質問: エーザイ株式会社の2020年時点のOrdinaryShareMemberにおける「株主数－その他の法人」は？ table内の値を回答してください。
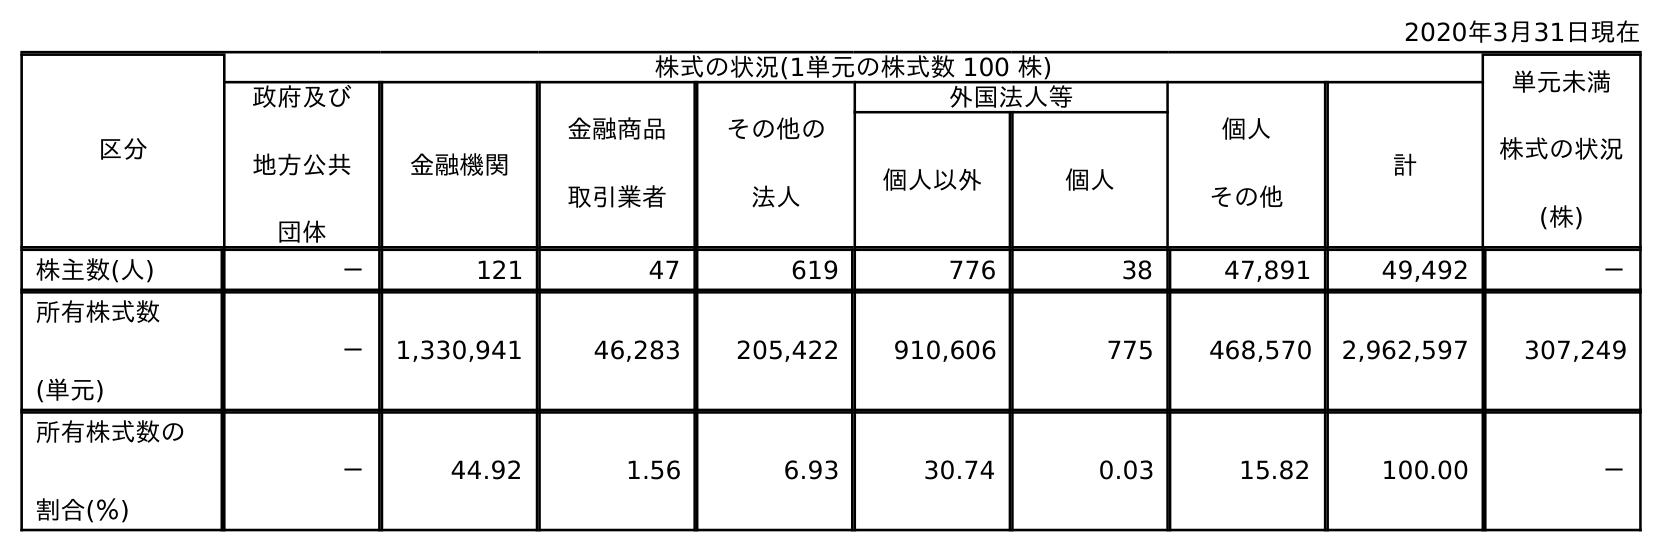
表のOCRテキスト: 2020年3月31日現在 区分 株式の状況(1単元の株式数 100 株) 単元未満 株式の状況 (株) 政府及び 地方公共 団体 金融機関 金融商品 取引業者 その他の 法人 外国法人等 個人 その他 計 個人以外 個人 株主数(人) － 121 47 619 776 38 47,891 49,492 － 所有株式数 (単元) － 1,330,941 46,283 205,422 910,606 775 468,570 2,962,597 307,249 所有株式数の 割合(％) － 44.92 1.56 6.93 30.74 0.03 15.82 100.00 －
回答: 619